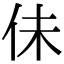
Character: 佅